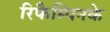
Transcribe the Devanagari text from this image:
रिफैम्पिनके